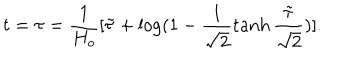
LaTeX: t = \tau = \frac { 1 } { H _ { o } } [ \tilde { \tau } + \log ( 1 - \frac { 1 } { \sqrt { 2 } } \tanh \frac { \tilde { \tau } } { \sqrt { 2 } } ) ] .